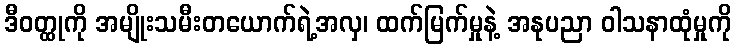
ဒီဝတ္ထုကို အမျိုးသမီးတယောက်ရဲ့အလှ၊ ထက်မြက်မှုနဲ့ အနုပညာ ဝါသနာထုံမှုကို